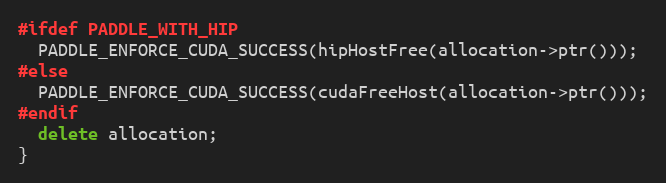
Language: C++
#ifdef PADDLE_WITH_HIP
  PADDLE_ENFORCE_CUDA_SUCCESS(hipHostFree(allocation->ptr()));
#else
  PADDLE_ENFORCE_CUDA_SUCCESS(cudaFreeHost(allocation->ptr()));
#endif
  delete allocation;
}